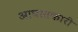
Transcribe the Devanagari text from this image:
आघातकारी